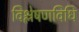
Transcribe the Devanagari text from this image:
विश्लेषणविधि